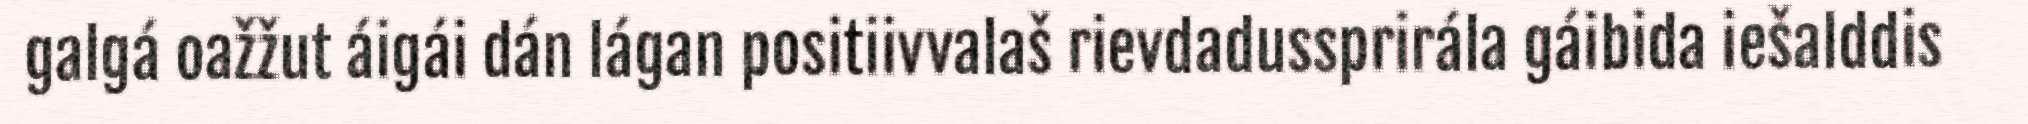
galgá oažžut áigái dán lágan positiivvalaš rievdadussprirála gáibida iešalddis